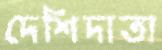
দেশিদাতা